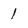
Character: 1